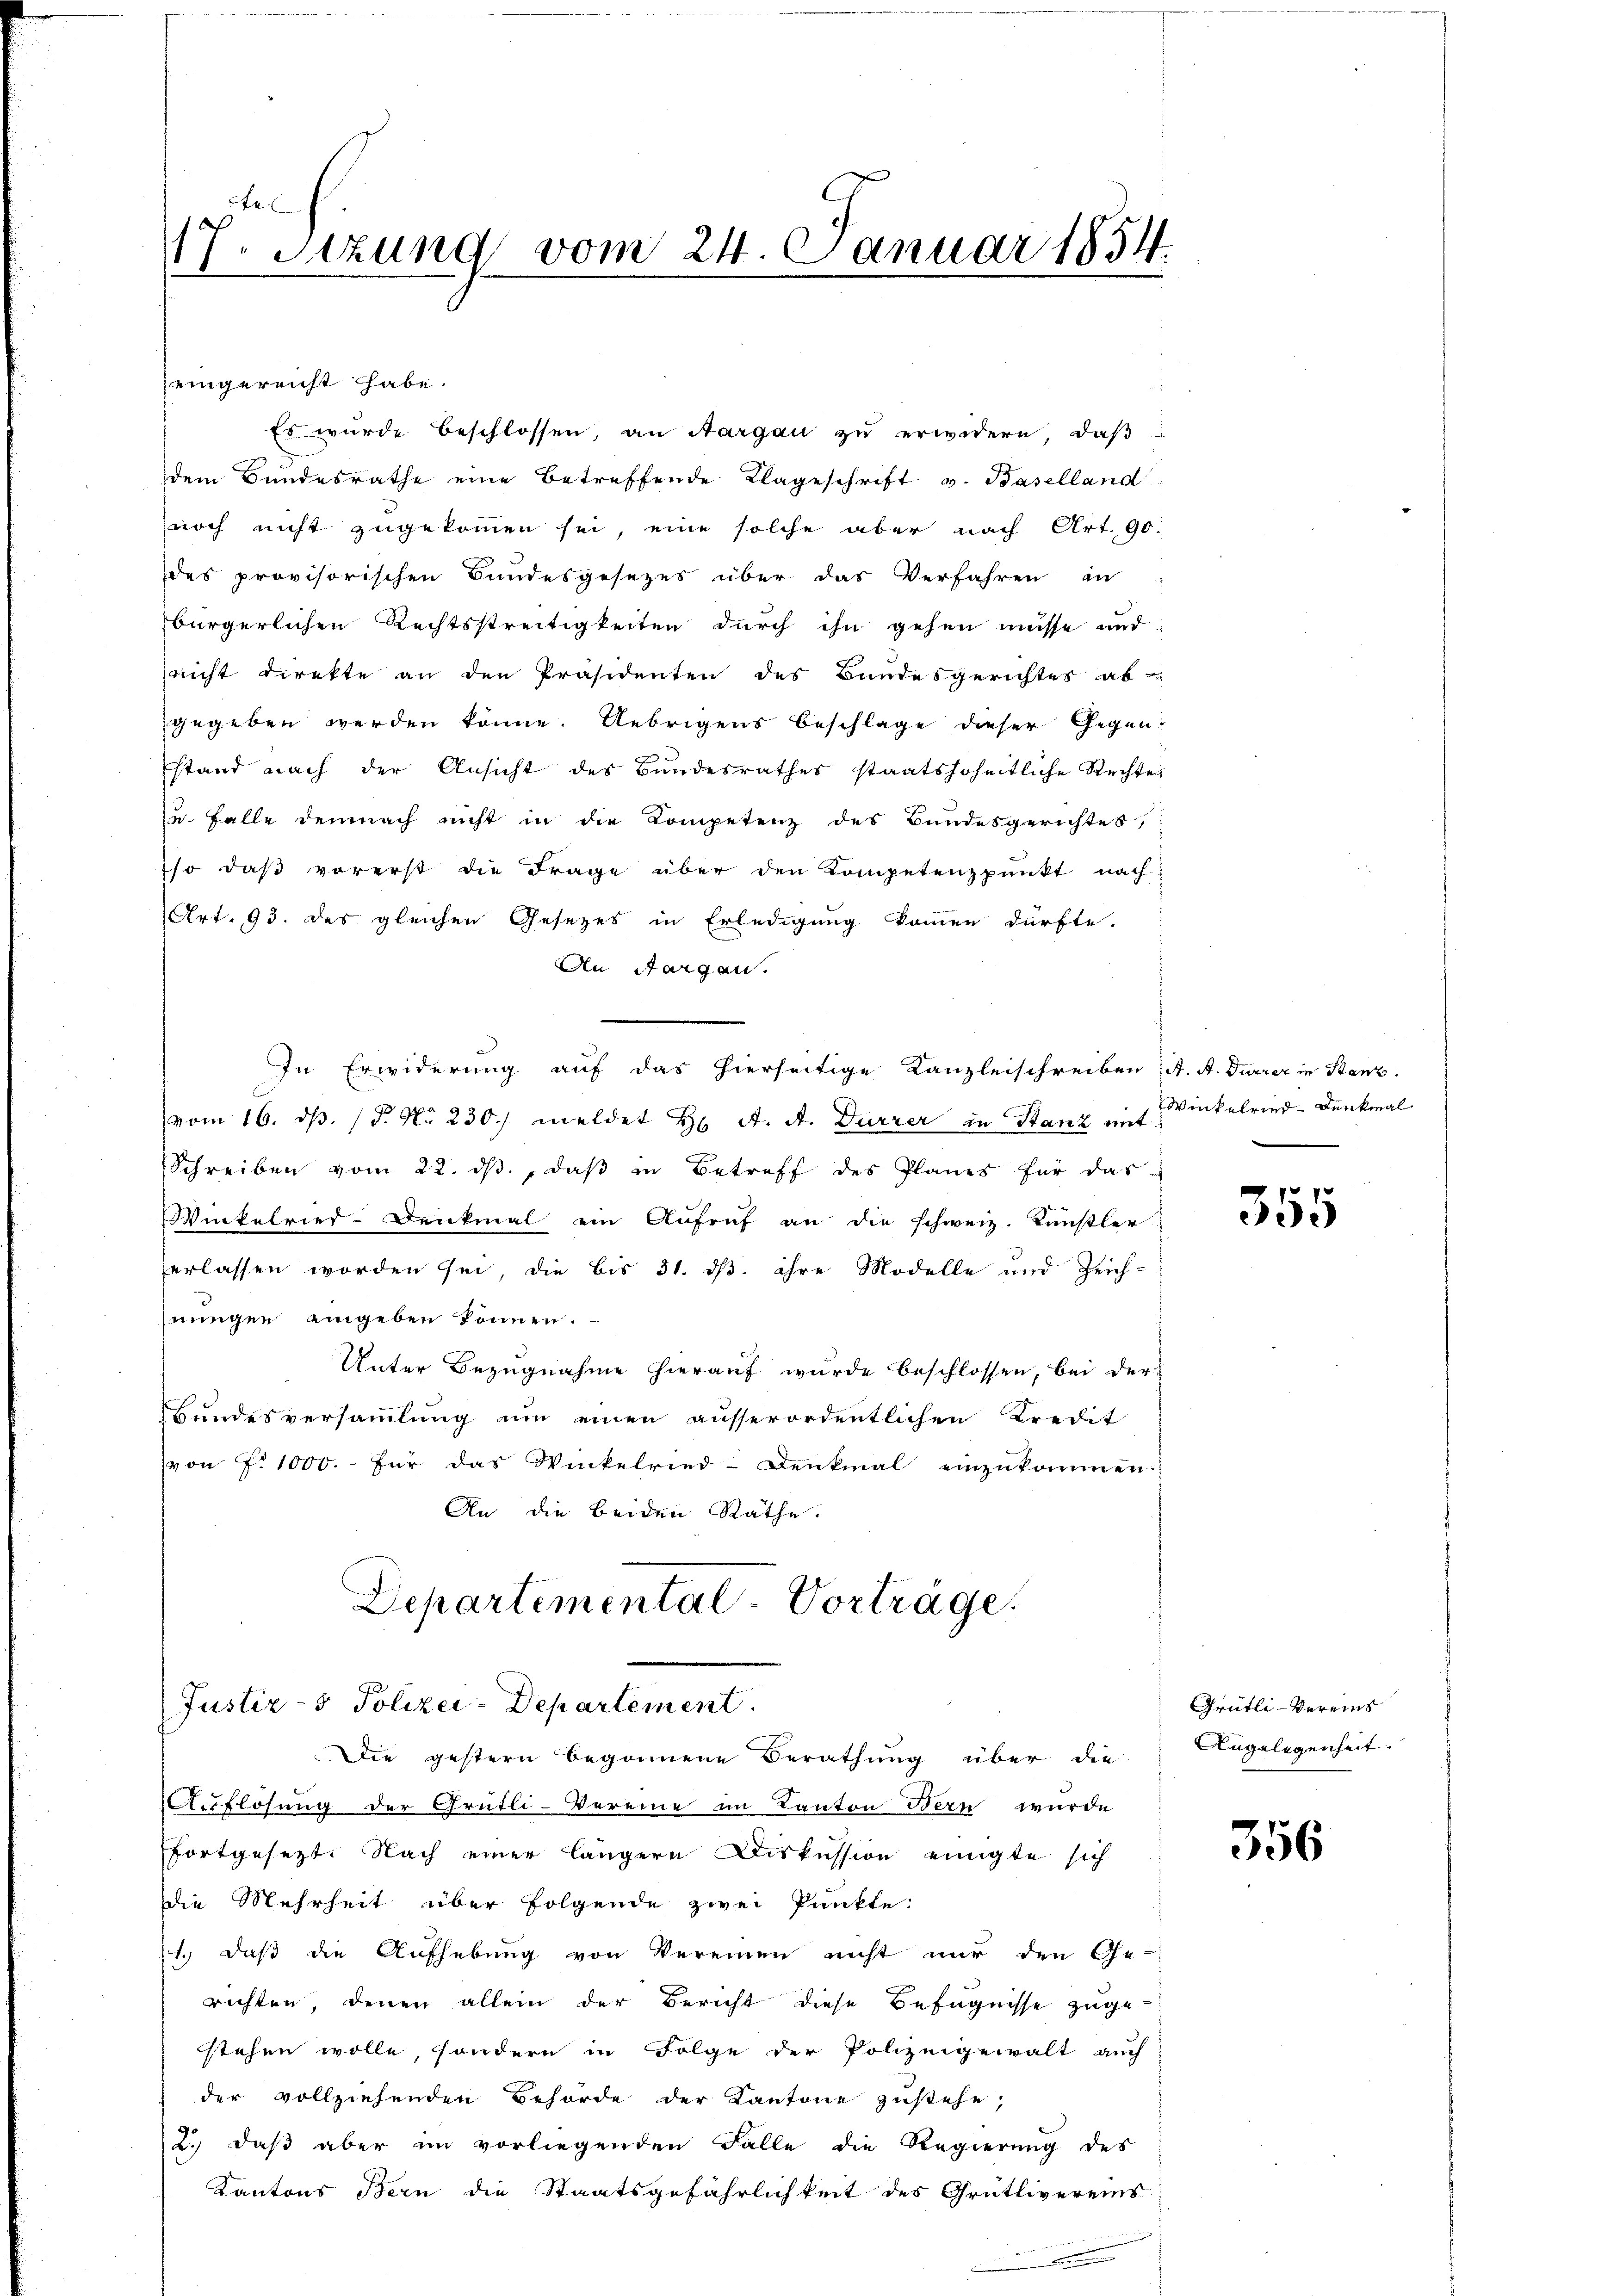
te
17. Setzung vom 24. Januar 1854.

eingereicht habe.
Es wurde beschlossen, an Aargau zu erwidern, daβ
dem Bundesrathe eine betreffende Klageschrift v. Baselland
noch nicht zugekommen sei, eine solche aber nach Art. 90.
des provisorischen Bundesgesetzes über das Verfahren in
bürgerlichen Rechtsstreitigkeiten durch ihn gehen müsse und
nicht direkte an den Präsidenten des Bundesgerichtes ab-
gegeben werden könne. Uebrigens Beschlage dieser Gegenstand nach der Ansicht des Bundesrathes staatshoheitliche Rechte
u. Balle demnach nicht in die Kompetenz des Bundesgerichtes,
so daß vorerst die Frage über den Kompetenzpunkt nach
Art. 93. des gleichen Gesezes in Erledigung kommen dürfte.
An Aargau.
In Erwiderung auf das hierseitige Kanzleischreiben, A. A. Durrer in Stenz.
vom 16. ds. (T. No 230. meldet H. A. A. Durrer in Stanz auf Winkelried-Denkmal
Schreiben vom 22. dβ, daß in Betreff des Planes für das
Winkelried-Denkmal ein Aufruf an die schweiz. Künstler
erlassen worden sei, die bis 31. ds. ihre Modelle und Zeich-
nungen eingeben können.
Unter Bezugnahme hierauf wurde beschlossen, bei der
Bundesversammlung um einen ausserordentlichen Kredit
von P. 1000.- für das Winkelried-Denkmal einzukommen:
An die beiden Räthe.
Departemental-Vorträge.

Justiz- & Polizei-Departement.
Die gestern begonnene Berathung über die

Auflösung der Grütli-Vereine im Kanton Bern wurde
fortgesezt. Nach einer längern Diskussion einigte sich
Die Mehrheit über folgende zwei Punkte:
1., daß die Aufhebung von Vereinen nicht nur den Ge-
richten, denen allein der Bericht diese Befugnisse zugestehen wolle, sondern in Folge der Polizeigewalt auch
der vollziehenden Behörde der Kantone zustehe;
2. daß aber im vorliegenden Falle die Regierung des
Kantons Bern die Staatsgefährlichkeit des Grütlivereins

355

Grütli-Vereins
Angelegenheit.

356